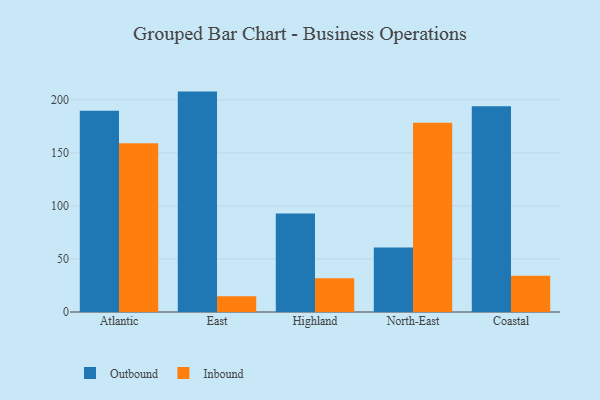
{"axis": {"x": "Region", "y": "Page Views"}, "legend": ["Inbound", "Outbound"], "data": [{"x": "Atlantic", "y": 189.6, "type": "Outbound"}, {"x": "Atlantic", "y": 159.1, "type": "Inbound"}, {"x": "East", "y": 207.7, "type": "Outbound"}, {"x": "East", "y": 14.8, "type": "Inbound"}, {"x": "Highland", "y": 92.8, "type": "Outbound"}, {"x": "Highland", "y": 31.7, "type": "Inbound"}, {"x": "North-East", "y": 60.9, "type": "Outbound"}, {"x": "North-East", "y": 178.4, "type": "Inbound"}, {"x": "Coastal", "y": 193.8, "type": "Outbound"}, {"x": "Coastal", "y": 34.1, "type": "Inbound"}]}